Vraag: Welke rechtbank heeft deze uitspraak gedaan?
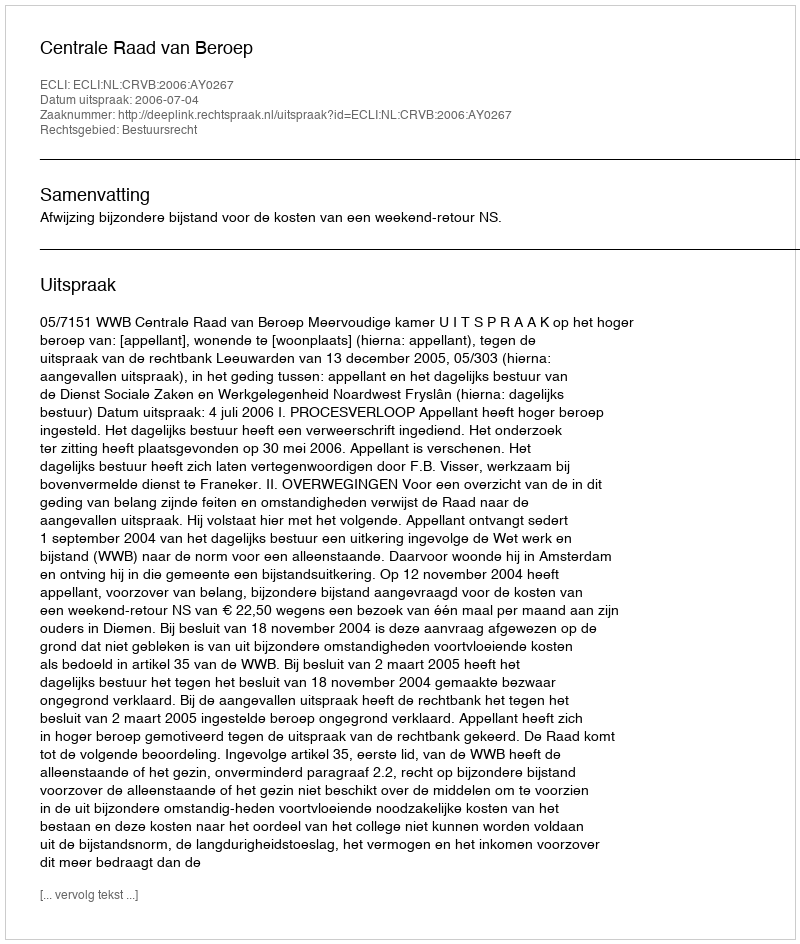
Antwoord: Centrale Raad van Beroep